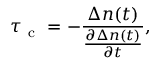
\tau _ { \mathrm { ~ c ~ } } = - \frac { \Delta n ( t ) } { \frac { \partial \Delta n ( t ) } { \partial t } } ,